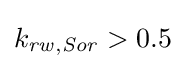
k_{\mathit {rw,Sor}}>0.5